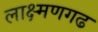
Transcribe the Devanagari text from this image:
लाक्ष्मणगढ